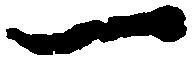
一